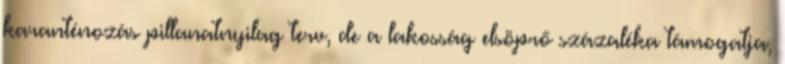
karanténozás pillanatnyilag terv, de a lakosság elsöprő százaléka támogatja,